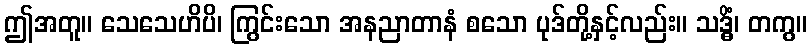
ဤအတူ။ သေသေဟိပိ၊ ကြွင်းသော အနညာတာနံ စသော ပုဒ်တို့နှင့်လည်း။ သဒ္ဓိံ၊ တကွ။